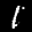
Label: 1